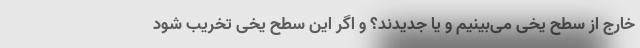
خارج از سطح یخی می‌بینیم و یا جدیدند؟ و اگر این سطح یخی تخریب شود